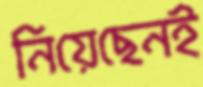
নিয়েছেনই